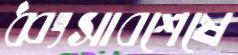
ধ্বংসাবশেষে